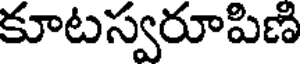
కూటస్వరూపిణి